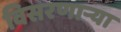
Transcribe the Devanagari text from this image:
विसरणाऱ्या